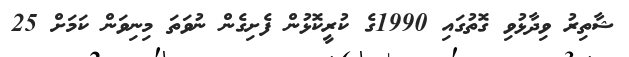
ޝާތިރު ވިދާޅުވި ގޮތުގައި 1990ގެ ކުރީކޮޅުން ފެށިގެން ނުވަތަ މިނިވަން ކަމަށް 25